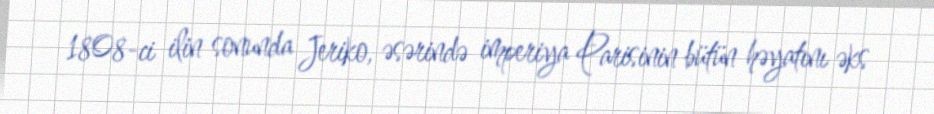
1808-ci ilin sonunda Jeriko, əsərində imperiya Parisinin bütün həyatını əks